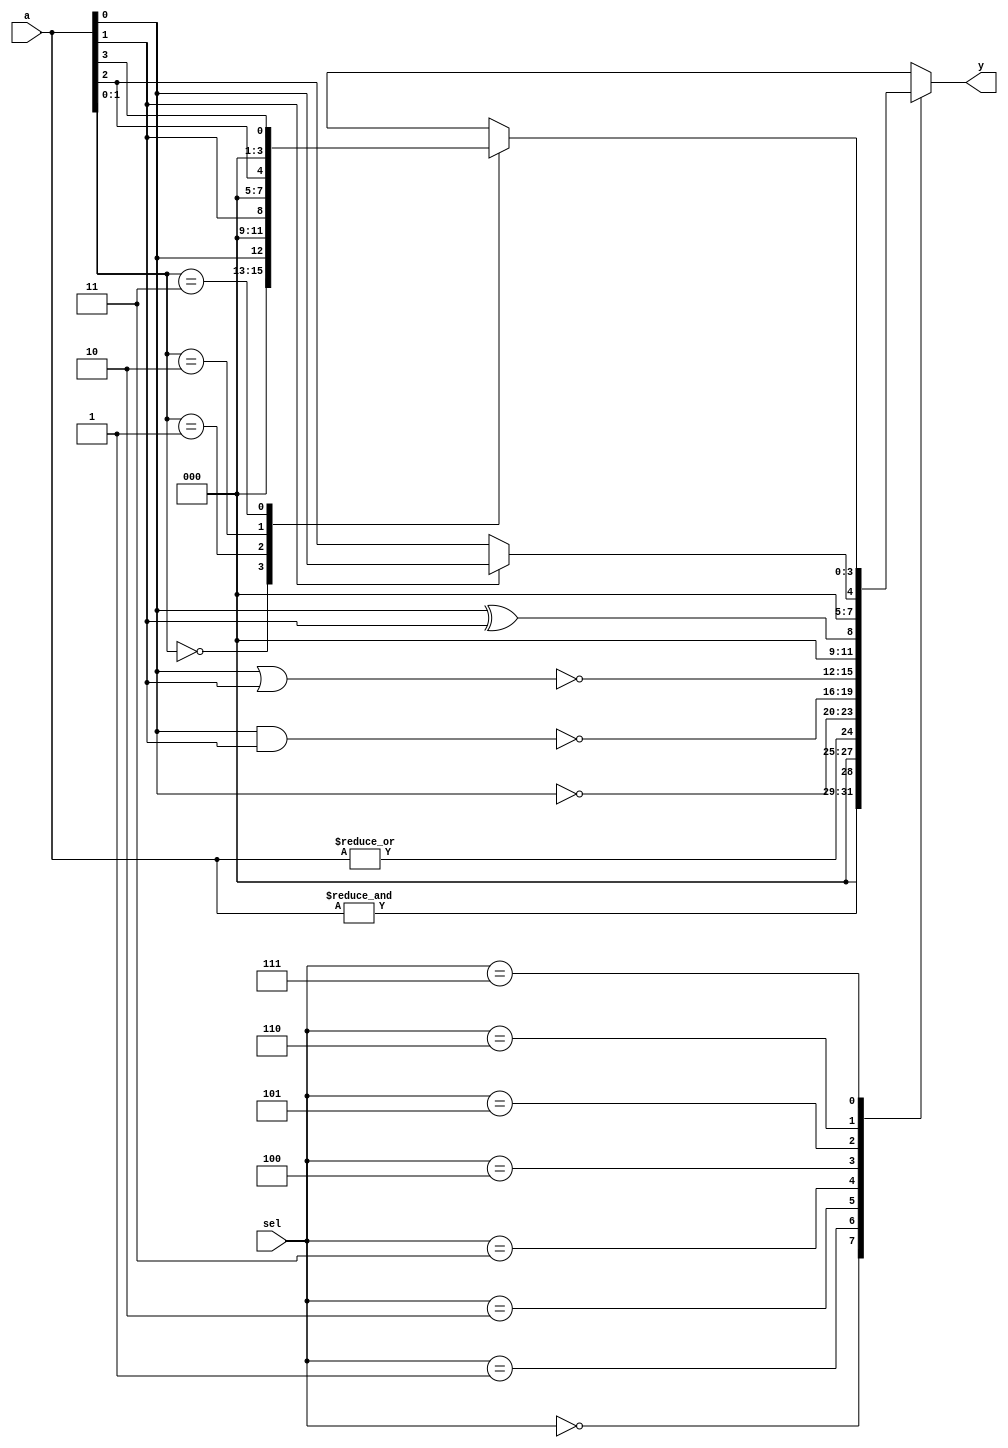
module combinational_logic_blocks #(
    parameter NUM_INPUTS = 4, // Configurable number of inputs (2 to 16)
    parameter NUM_OUTPUTS = 4  // Configurable number of outputs
)(
    input  [NUM_INPUTS-1:0]  a,      // Input vector
    input  [2:0]              sel,     // Function select signal
    output reg [NUM_OUTPUTS-1:0] y   // Output vector
);

// Function select encoding
localparam AND_FUNC = 3'b000;
localparam OR_FUNC  = 3'b001;
localparam NOT_FUNC = 3'b010;
localparam NAND_FUNC = 3'b011;
localparam NOR_FUNC  = 3'b100;
localparam XOR_FUNC  = 3'b101;
localparam MUX2_FUNC = 3'b110; // 2-to-1 multiplexer
localparam MUX4_FUNC = 3'b111; // 4-to-1 multiplexer

always @(*) begin
    case (sel)
        AND_FUNC: begin
            y = &a; // AND operation
        end
        OR_FUNC: begin
            y = |a; // OR operation
        end
        NOT_FUNC: begin
            y = ~a[0]; // NOT operation on the first input
        end
        NAND_FUNC: begin
            y = ~(a[0] & a[1]); // NAND operation on first two inputs
        end
        NOR_FUNC: begin
            y = ~(a[0] | a[1]); // NOR operation on first two inputs
        end
        XOR_FUNC: begin
            y = a[0] ^ a[1]; // XOR operation on first two inputs
        end
        MUX2_FUNC: begin
            // 2-to-1 MUX
            y = a[1] ? a[0] : a[2]; // Select between a[0] and a[2]
        end
        MUX4_FUNC: begin
            // 4-to-1 MUX
            case (a[1:0])
                2'b00: y = a[0];
                2'b01: y = a[1];
                2'b10: y = a[2];
                2'b11: y = a[3];
                default: y = 0;
            endcase
        end
        default: begin
            y = 0; // Default case
        end
    endcase
end

endmodule